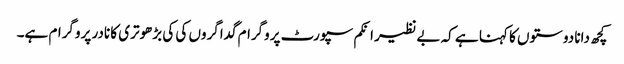
کچھ دانا دوستوں کا کہنا ہے کہ بے نظیر انکم سپورٹ پروگرام گداگروں کی کی بڑھوتری کا نادر پروگرام ہے۔